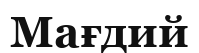
Мағдий